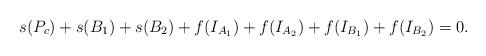
LaTeX: \begin{align*}s(P_c)+s(B_1)+s(B_2)+f(I_{A_1}) + f(I_{A_2}) + f(I_{B_1}) + f(I_{B_2}) = 0.\end{align*}